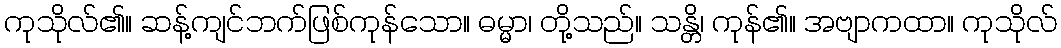
ကုသိုလ်၏။ ဆန့်ကျင်ဘက်ဖြစ်ကုန်သော။ ဓမ္မာ၊ တို့သည်။ သန္တိ၊ ကုန်၏။ အဗျာကထာ။ ကုသိုလ်